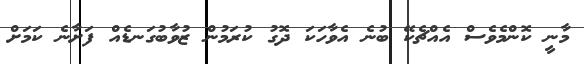
މާނީ ކޮންމެވެސް އެއްޗެކޭ ބުނެ އެވާހަކަ ދޮގު ކުރަމުން ޒުވާބުގަނޑެއް ފަށާނެ ކަމަށް